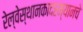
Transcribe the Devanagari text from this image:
रेल्वेस्थानकादरम्यानचे